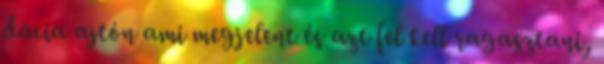
dácia ajtón ami megjelent és azt fel kell ragasztani,